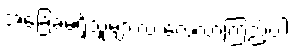
အခြေခံမရှိသူများလဲ လေ့လာကြည့်ပါ